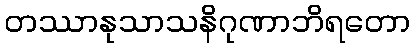
တဿာနုသာသနိဂုဏာဘိရတော